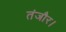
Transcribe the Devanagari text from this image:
तंजौर।